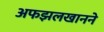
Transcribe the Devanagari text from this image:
अफझलखानने